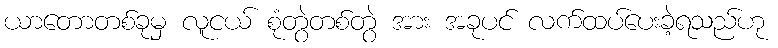
ယာတောတစ်ခုမှ လူငယ် စုံတွဲတစ်တွဲ အား အခုပင် လက်ထပ်ပေးခဲ့ရသည်ဟု